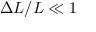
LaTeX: \Delta L / L \ll 1